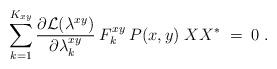
LaTeX: \begin{align*}\sum_{k=1}^{K_{xy}} \frac{\partial{\cal{L}}(\lambda^{xy})}{\partial \lambda^{xy}_k}\: F^{xy}_k\: P(x,y)\;X X^* \;=\; 0 \;. \end{align*}